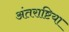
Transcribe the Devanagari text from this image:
अंतराष्टिया